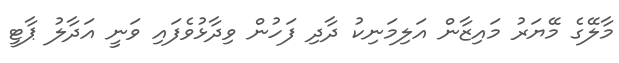
މާލޭގެ މޭޔަރު މައިޒާން އަލިމަނިކު ދާދި ފަހުން ވިދާޅުވެފައި ވަނީ އަދާލު ޕާޓީ